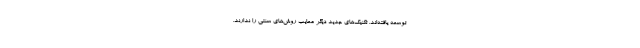
توسعه یافته‌اند. تکنیک‌های جدید دیگر معایب روش‌های سنتی را ندارند.